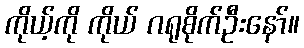
ကိုယ့်ကို ကိုယ် ဂရုစိုက်ဦးနော်။